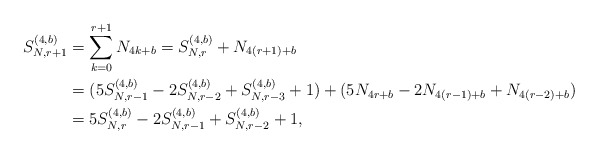
\begin{align*}S_{N,r+1}^{(4,b)}&=\sum_{k=0}^{r+1}N_{4k+b}=S_{N,r}^{(4,b)}+N_{4(r+1)+b} \\&=(5S_{N,r-1}^{(4,b)}-2S_{N,r-2}^{(4,b)}+S_{N,r-3}^{(4,b)}+1)+(5N_{4r+b}-2N_{4(r-1)+b}+N_{4(r-2)+b}) \\&=5S_{N,r}^{(4,b)}-2S_{N,r-1}^{(4,b)}+S_{N,r-2}^{(4,b)}+1,\end{align*}